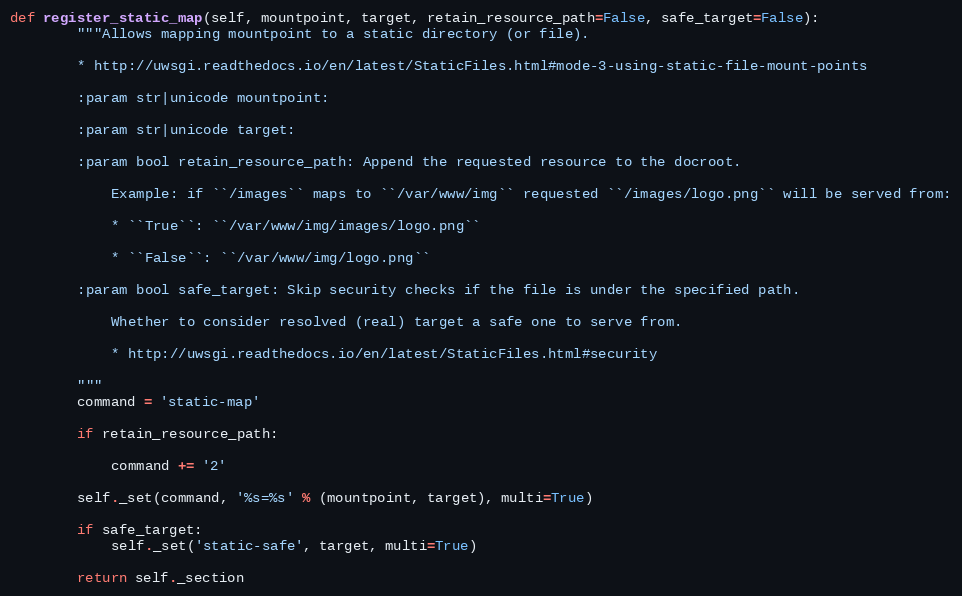
Language: Python
def register_static_map(self, mountpoint, target, retain_resource_path=False, safe_target=False):
        """Allows mapping mountpoint to a static directory (or file).

        * http://uwsgi.readthedocs.io/en/latest/StaticFiles.html#mode-3-using-static-file-mount-points

        :param str|unicode mountpoint:

        :param str|unicode target:

        :param bool retain_resource_path: Append the requested resource to the docroot.

            Example: if ``/images`` maps to ``/var/www/img`` requested ``/images/logo.png`` will be served from:

            * ``True``: ``/var/www/img/images/logo.png``

            * ``False``: ``/var/www/img/logo.png``

        :param bool safe_target: Skip security checks if the file is under the specified path.

            Whether to consider resolved (real) target a safe one to serve from.

            * http://uwsgi.readthedocs.io/en/latest/StaticFiles.html#security

        """
        command = 'static-map'

        if retain_resource_path:

            command += '2'

        self._set(command, '%s=%s' % (mountpoint, target), multi=True)

        if safe_target:
            self._set('static-safe', target, multi=True)

        return self._section